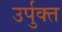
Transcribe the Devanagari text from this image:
उर्पुक्त